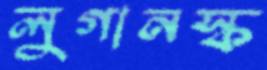
লুগানস্ক